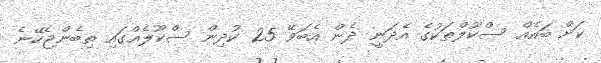
ކަށް ބައެއް ސްކޫލްތަކުގެ އެދަނީ ދެން އެބަވޭ 25 ކުދިން ސްކޫލެއްގައި ތިބެންޖެހޭނެ